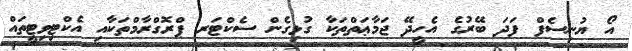
އޯ ޔުނިސެފް ފަދަ ބޭރުގެ އެހީދޭ ޖަމާޢަތްތަކާ ގުޅިގެން ސެކްޓަރ ޕްރޮގްރާމްތަކާއި އެކްޓިވިޓީތައް